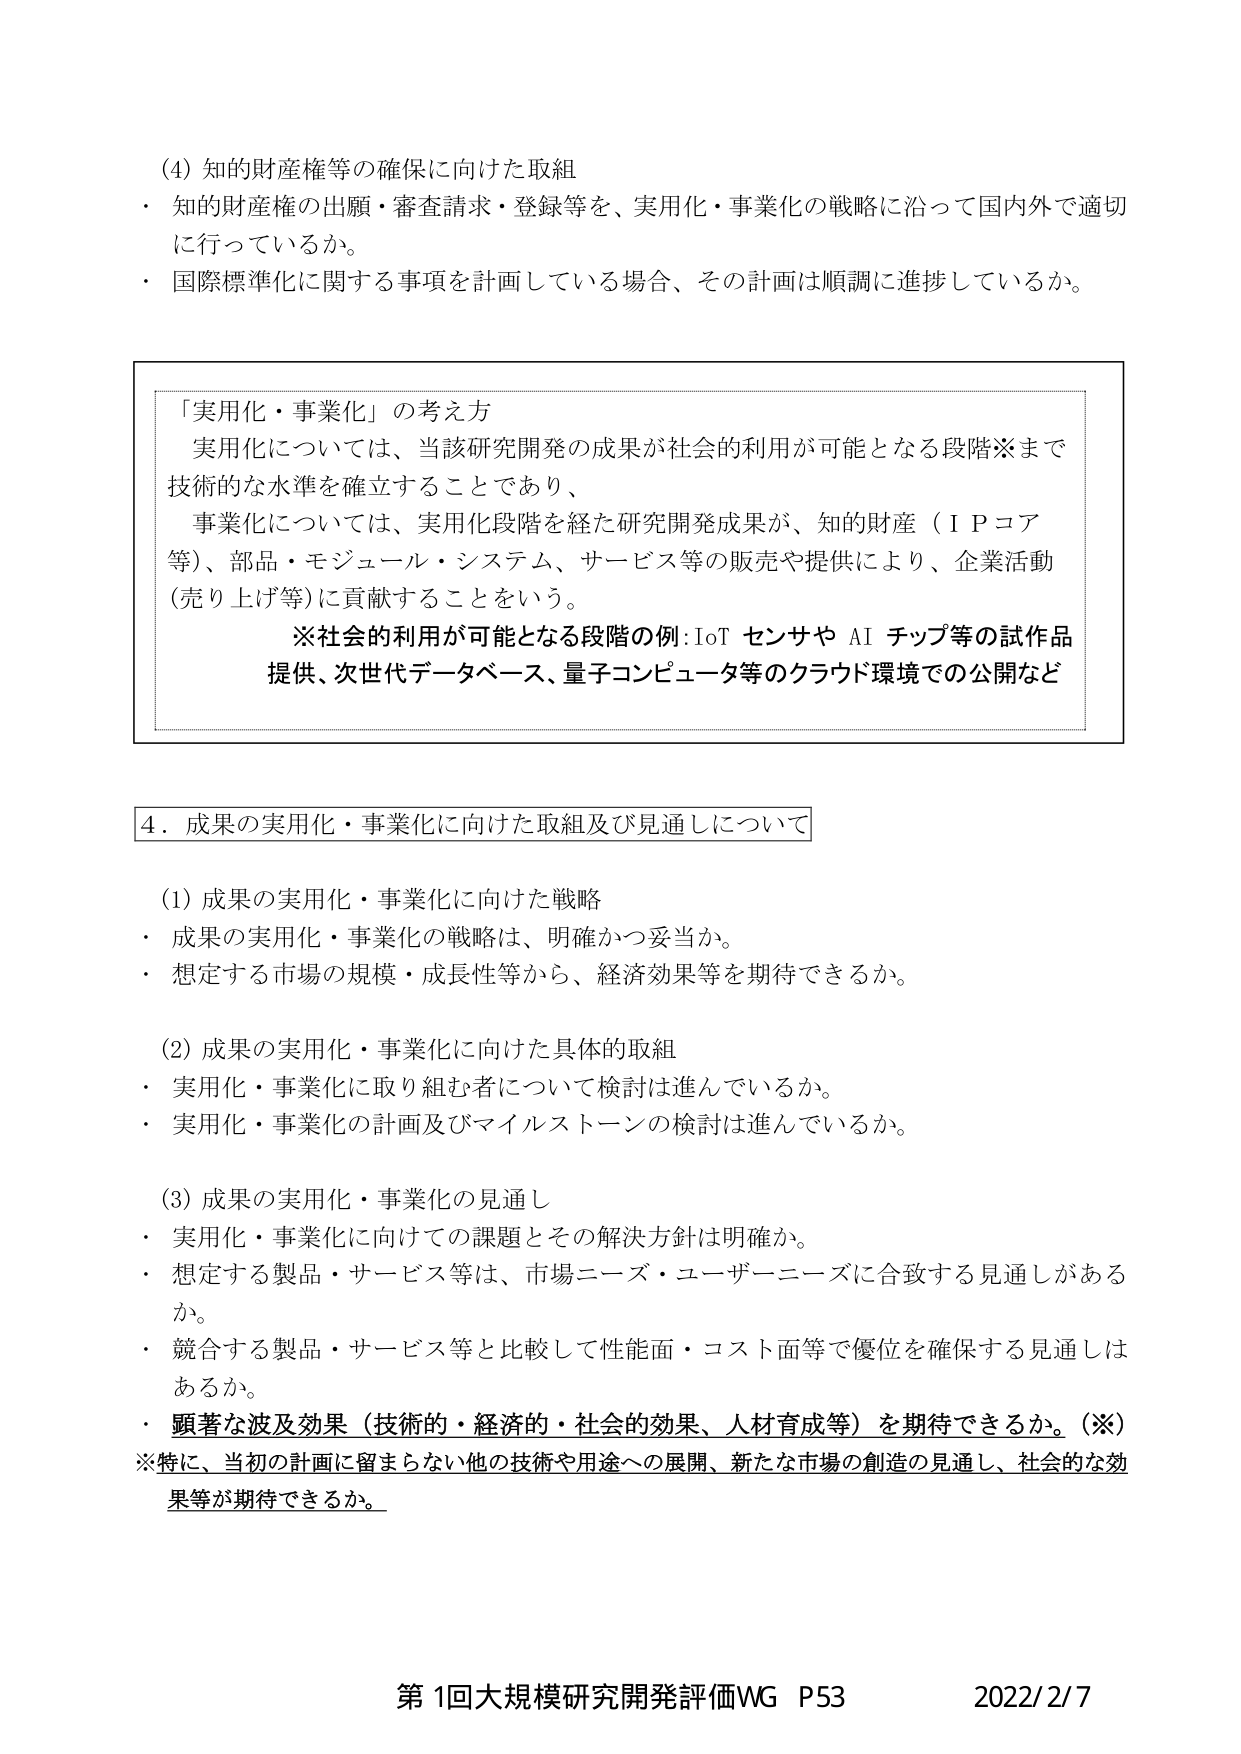
(4) 知的財産権等の確保に向けた取組
・ 知的財産権の出願・審査請求・登録等を、実用化・事業化の戦略に沿って国内外で適切に行っているか。
・ 国際標準化に関する事項を計画している場合、その計画は順調に進捗しているか。

「実用化・事業化」の考え方
実用化については、当該研究開発の成果が社会的利用が可能となる段階※まで技術的な水準を確立することであり、
事業化については、実用化段階を経た研究開発成果が、知的財産（ＩＰコア等）、部品・モジュール・システム、サービス等の販売や提供により、企業活動（売り上げ等）に貢献することをいう。
※社会的利用が可能となる段階の例：IoT センサや AI チップ等の試作品提供、次世代データベース、量子コンピュータ等のクラウド環境での公開など

4．成果の実用化・事業化に向けた取組及び見通しについて

(1) 成果の実用化・事業化に向けた戦略
・ 成果の実用化・事業化の戦略は、明確かつ妥当か。
・ 想定する市場の規模・成長性等から、経済効果等を期待できるか。

(2) 成果の実用化・事業化に向けた具体的取組
・ 実用化・事業化に取り組む者について検討は進んでいるか。
・ 実用化・事業化の計画及びマイルストーンの検討は進んでいるか。

(3) 成果の実用化・事業化の見通し
・ 実用化・事業化に向けての課題とその解決方針は明確か。
・ 想定する製品・サービス等は、市場ニーズ・ユーザーニーズに合致する見通しがあるか。
・ 競合する製品・サービス等と比較して性能面・コスト面等で優位を確保する見通しはあるか。
・ 顕著な波及効果（技術的・経済的・社会的効果、人材育成等）を期待できるか。（※）
※特に、当初の計画に留まらない他の技術や用途への展開、新たな市場の創造の見通し、社会的な効果等が期待できるか。

第1回大規模研究開発評価WG P53 2022/2/7